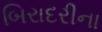
બિરાદરીના